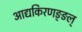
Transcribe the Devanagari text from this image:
आद्यकिरणङ्ङल्